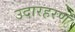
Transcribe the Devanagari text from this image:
उदारहरण